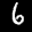
Label: 6